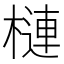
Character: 槤